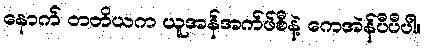
နောက် တတိယက ယူအန်အက်ဖ်စီနဲ့ ကေအဲန်ပီပီပါ။